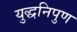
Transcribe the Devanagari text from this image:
युद्धनिपुण